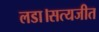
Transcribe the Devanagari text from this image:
लडा।सत्यजीत